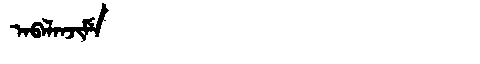
Manchu: ᠠᠪᠠᠯᠠᠨᠵᡳᠮᡝ
Romanization: ABALANJIME